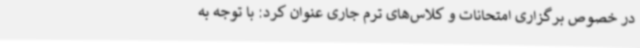
در خصوص برگزاری امتحانات و کلاس‌های ترم جاری عنوان کرد: با توجه به